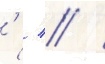
'   /